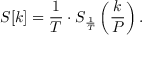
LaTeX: S [ k ] = { \frac { 1 } { T } } \cdot S _ { \frac { 1 } { T } } \left( { \frac { k } { P } } \right) .